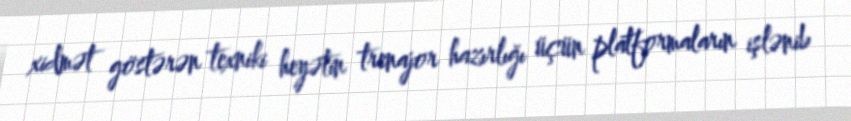
xidmət göstərən texniki heyətin trenajor hazırlığı üçün platformaların işlənib